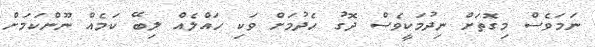
ނަމަވެސް މިގޮތަށް ނިދުމަކީވެސް ދޮގު ހެދުމަށް ވަކި ހައްލެއް ލިބޭ ކަމެއް ނޫންކަމަށް